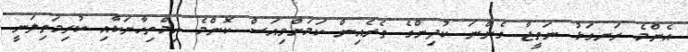
އެންމެ ރަނގަޅު ނަތީޖާ ގެންނަ ކުދިންގެ ތެރެއިން ކަމަށްވިއަސް ކޮންމެ އިމްތިހާނަކާއި ކުރިމަތިލަނީ